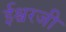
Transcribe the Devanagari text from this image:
ईश्वरजी